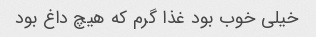
خیلی خوب بود غذا گرم که هیچ داغ بود